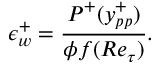
\epsilon _ { w } ^ { + } = \frac { P ^ { + } ( y _ { p p } ^ { + } ) } { \phi f ( R e _ { \tau } ) } .